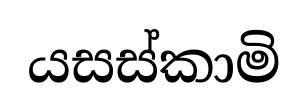
යසස්කාමි